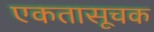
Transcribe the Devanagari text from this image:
एकतासूचक